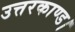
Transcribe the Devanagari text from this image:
उत्तरकाण्ड।